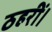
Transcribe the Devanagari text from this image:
ठहरीं।